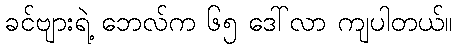
ခင်ဗျားရဲ့ ဘေလ်က ၆၅ ဒေါ်လာ ကျပါတယ်။